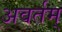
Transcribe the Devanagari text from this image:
अवर्तम्